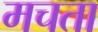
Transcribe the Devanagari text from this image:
मचता